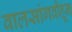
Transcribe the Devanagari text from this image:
वालसांगवीहून